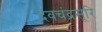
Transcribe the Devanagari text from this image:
देवचंद्रसूरि